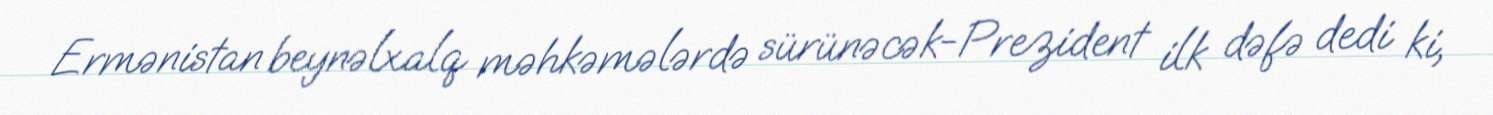
Ermənistan beynəlxalq məhkəmələrdə sürünəcək-Prezident ilk dəfə dedi ki,